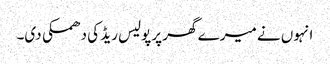
انہوں نے میرے گھر پرپولیس ریڈ کی دھمکی دی۔